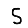
Digit: 5